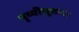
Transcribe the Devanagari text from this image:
पृथ्वीसूक्तात